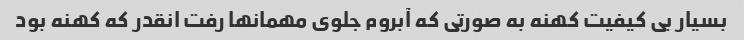
بسیار بی کیفیت کهنه به صورتی که آبروم جلوی مهمانها رفت انقدر که کهنه بود